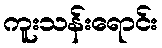
ကူးသန်းရောင်း